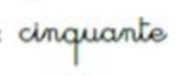
cinquante